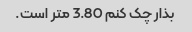
بذار چک کنم 3.80 متر است.